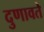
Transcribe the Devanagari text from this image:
दुणावते